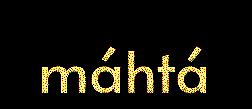
máhtá